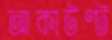
আকাউণ্ট